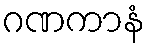
ဂဏကာနံ